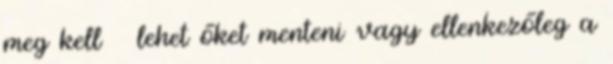
meg kell lehet őket menteni vagy ellenkezőleg a